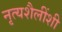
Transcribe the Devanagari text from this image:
नृत्यशैलींशी